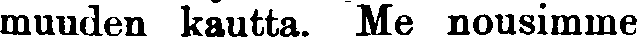
muuden kautta. Me nousimme